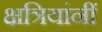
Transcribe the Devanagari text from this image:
क्षत्रियांनीं